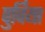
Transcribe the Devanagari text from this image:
पुर्विया